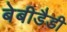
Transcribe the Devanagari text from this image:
बेबीडैडी